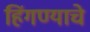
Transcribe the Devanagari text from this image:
हिंगण्याचे